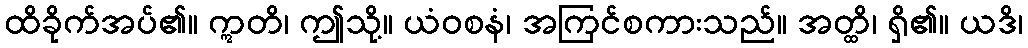
ထိခိုက်အပ်၏။ ဣတိ၊ ဤသို့။ ယံဝစနံ၊ အကြင်စကားသည်။ အတ္ထိ၊ ရှိ၏။ ယဒိ၊